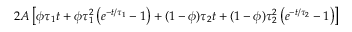
2 A \left[ \phi \tau _ { 1 } t + \phi \tau _ { 1 } ^ { 2 } \left( e ^ { - t / \tau _ { 1 } } - 1 \right) + ( 1 - \phi ) \tau _ { 2 } t + ( 1 - \phi ) \tau _ { 2 } ^ { 2 } \left( e ^ { - t / \tau _ { 2 } } - 1 \right) \right]